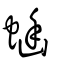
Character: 𧍘